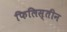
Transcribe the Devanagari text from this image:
फिलिस्‍तीन